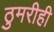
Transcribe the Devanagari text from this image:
ठुमरीही